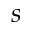
s